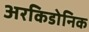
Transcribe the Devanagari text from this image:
अरकिडोनिक